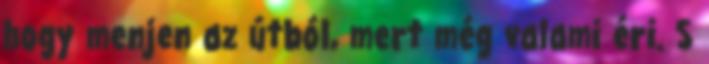
hogy menjen az útból, mert még valami éri. S